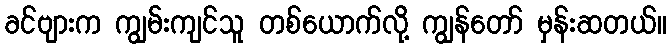
ခင်ဗျားက ကျွမ်းကျင်သူ တစ်ယောက်လို့ ကျွန်တော် မှန်းဆတယ်။